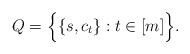
LaTeX: \begin{align*}Q=\Big\{\{s,c_t\}: t\in [m]\Big\}.\end{align*}